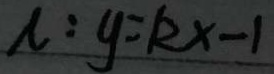
\lambda : y = k x - 1